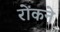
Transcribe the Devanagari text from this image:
रोंकने